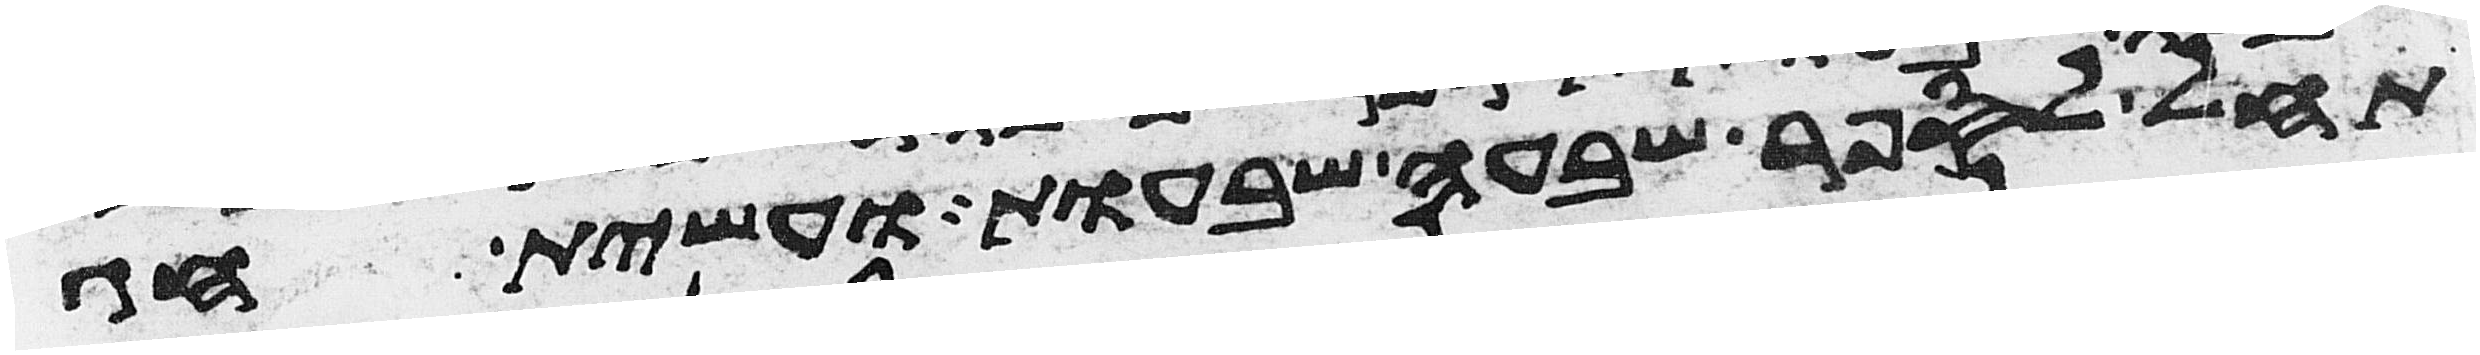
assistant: תחל לספר שבעה שבעות ועשית חג